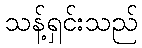
သန့်ရှင်းသည်